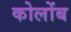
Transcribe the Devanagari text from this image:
कोलोंब